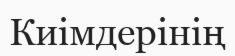
Киімдерінің